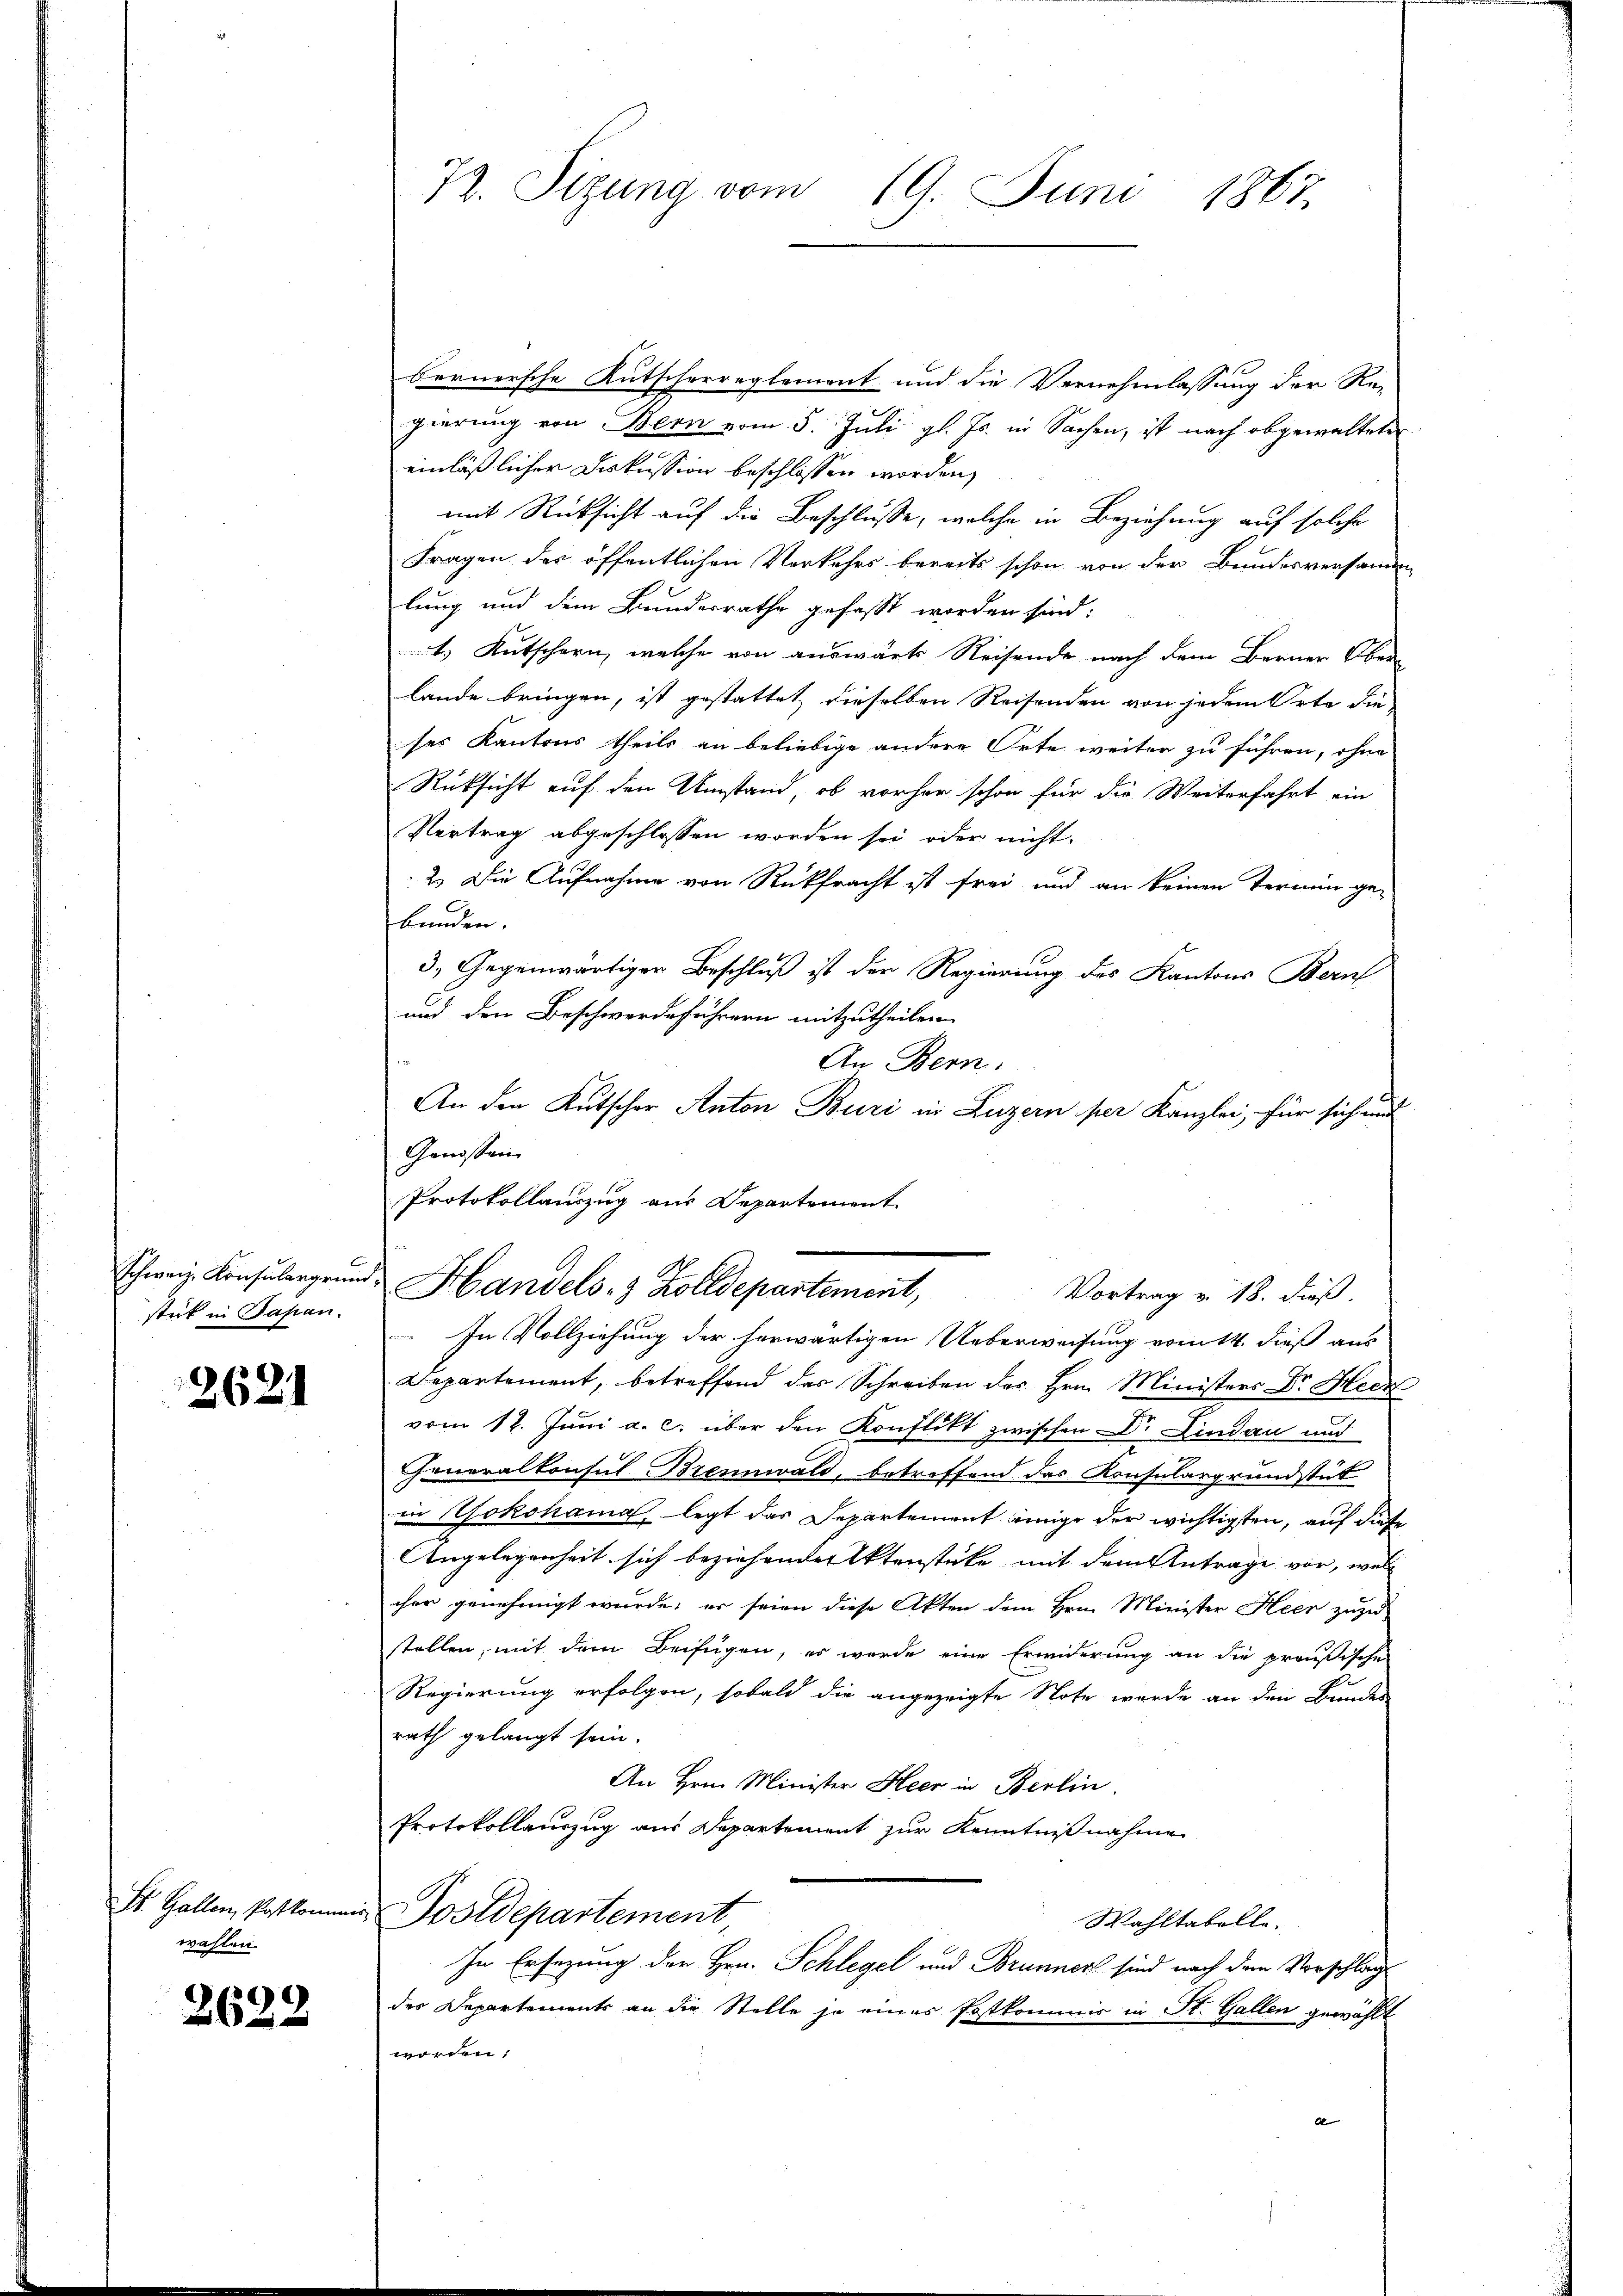
Schweiz. Konsulangerung
stick in Papan.

2621

St. Gallen, Postkommen
wahlen

2622

72. Sizung vom 19. Juni 1867.

bernersche Kutscherreglement und die Vernehmlassung der Re-
gierung von Bern vom 5. Juli gl. Js. in Sachen, ist nach abgewalteten
einläßlicher Diskussion beschlossen worden,
mit Rücksicht auf die Beschlusse, welche in Beziehung auf solche
Fragen des öffentlichen Verkehrs bereits schon von der Bundesversamm
lung und dem Bundesrathe gefasst worden sind:
t.) Kutschern, welche von auswärts Reisende nach dem Berner Ober-
lande bringen, ist gestattet dieselben Reisenden von jedem Orte die
ses Kantons theils an beliebige andere Orte weiter zu führen, ohne
Rücksicht auf den Umstand, ob vorher schon für die Weiterfahrt ein
Vertrag abgeschlossen worden sei oder nicht
2. Die Aufnahme von Rückfracht ist frei und an keinen Termin ge-
bunden. |
3. Gegenwärtiger Beschluß ist der Regierung des Kantons Bern
und den Beschwerdeführern mitzutheilen.
An Bern,
An den Kutscher Anton Buri in Luzern per Kanzlei, für sich und
Genossen
Protokollauszug aus Departement
 Handels- & Zolldepartement, Vortrag v. 18. dieß.
In Vollziehung der herwärtigen Ueberweisung vom 14. dieß aus
Departement, betreffend des Schreiben des Hrn. Ministers Dr. Heck
vom 12. Juni a. c. über den Konflikt zwischen Dr. Lindau und
Generalkonsul Brennwald, betreffend das Konsulargrundstück
in Yokohama legt das Departement einige der wichtigsten, auf diese
Angelegenheit sich beziehender Aktenstüke mit dem Antrage vor, wel
cher genehmigt wurde; er seien diese Akten dem Hrn. Minister Heer zuzu
stellen, mit dem Beifügen, es wurde eine Erwiderung an die preußische
Regierung erfolgen, sobald die angezeigte Note wurde an den Bundes
rath gelangt sein.
An Hrn. Minister Heer in Berlin
Protokollauszug aus Departement zur Kenntnißnahme
Postdepartement
Wahltabelle.
In Ersezung der Hrn. Schlegel und Brunner sind nach dem Vorschlag
der Departements an die Stelle je eines Postkommis in St. Gallen gewählt
worden;
A